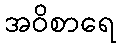
အဝိစာရေ